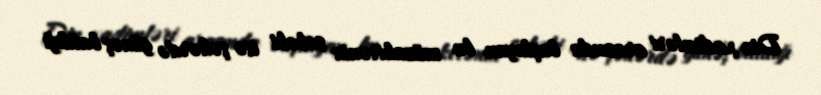
Din xadimləri arasında başlayan bu müzakirənin səbəbi isə şəhərdə günəş batdığı